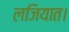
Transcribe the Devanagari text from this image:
लजियात।